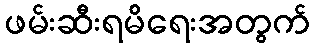
ဖမ်းဆီးရမိရေးအတွက်